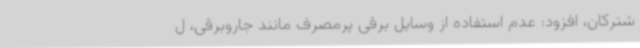
شترکان، افزود: عدم استفاده از وسایل برقی پرمصرف مانند جاروبرقی، ل